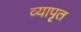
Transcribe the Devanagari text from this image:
व्यापृत